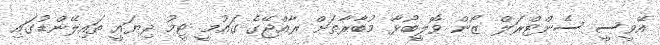
އޭވީސީ ސެންޓްރަލް ޒޯން ވޮލީބޯޅާ މުބާރާތަށް ރާއްޖޭގެ ގައުމީ ޓީމު ދިޔައީ ތައިލޭންޑުގައި